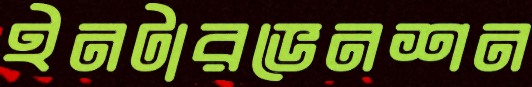
ইনটারভেনশন